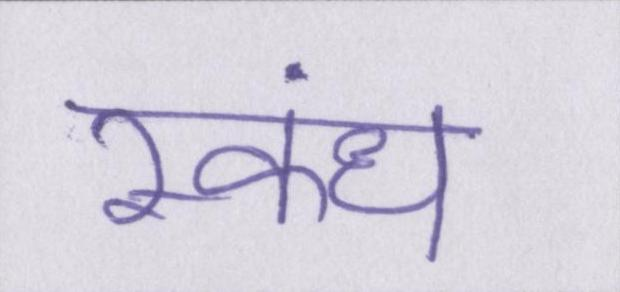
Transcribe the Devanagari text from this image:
स्कंध